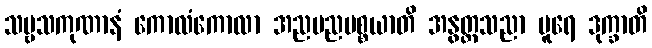
သဗ္ဗသကုဏာနံ ကောလံကောလာ အညမညပစ္စယာတိ အနွတ္ထသညာ ပူရေ ဒုက္ခာတိ